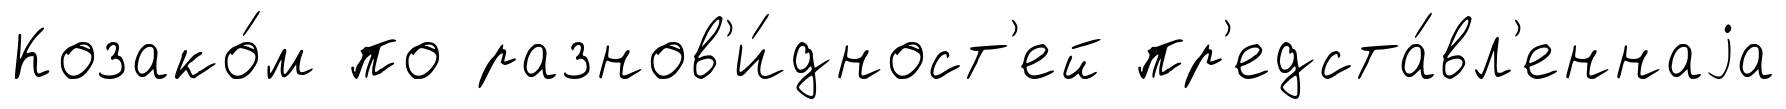
Козако́м по разнов'и́дност'ей пр'едста́вл'еннаjа